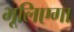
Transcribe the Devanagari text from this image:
भूलिएगा